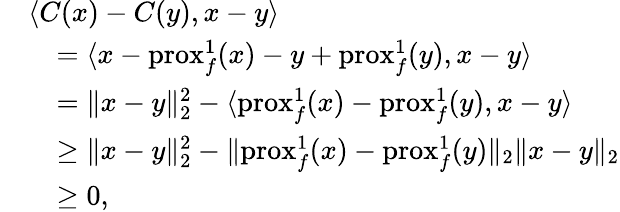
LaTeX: \begin{array}{rl}&{\langle{C(x)-C(y)},{x-y}\rangle}\\ &{\quad=\langle{x-\mathrm{prox}_{f}^{1}(x)-y+\mathrm{prox}_{f}^{1}(y)},{x-y}\rangle}\\ &{\quad=\| x-y\| _{2}^{2}-\langle{\mathrm{prox}_{f}^{1}(x)-\mathrm{prox}_{f}^{1}(y)},{x-y}\rangle}\\ &{\quad\geq\| x-y\| _{2}^{2}-\| \mathrm{prox}_{f}^{1}(x)-\mathrm{prox}_{f}^{1}(y)\| _{2}\| x-y\| _{2}}\\ &{\quad\geq 0,}\end{array}